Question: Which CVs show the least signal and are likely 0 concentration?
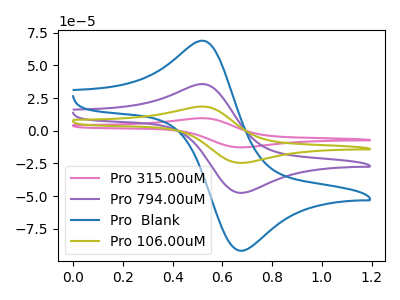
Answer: <think>The pink curve "Pro 315.00uM" has an anodic peak at (0.55V, 106.50uA) and a cathodic peak at (0.65V, -142.90uA). The purple curve "Pro 794.00uM" has an anodic peak at (0.55V, 35.50uA) and a cathodic peak at (0.65V, -47.65uA). The blue curve "Pro  Blank" has an anodic peak at (0.55V, 68.50uA) and a cathodic peak at (0.65V, -91.95uA). The olive curve "Pro 106.00uM" has an anodic peak at (0.55V, 71.00uA) and a cathodic peak at (0.65V, -95.25uA).</think>
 <answer>There are not any CV's on this graph that are likely to be blanks.</answer>
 <eval>none</eval>